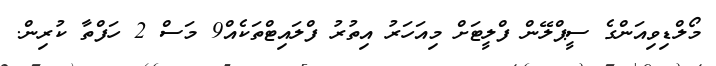
މޯލްޑިވިއަންގެ ސީޕްލޭން ފްލީޓަށް މިއަހަރު އިތުރު ފްލައިޓްތަކެއް9 މަސް 2 ހަފްތާ ކުރިން.